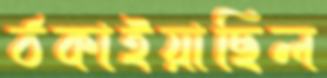
ঠকাইয়াছিল